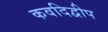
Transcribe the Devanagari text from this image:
कवदिद्वीप